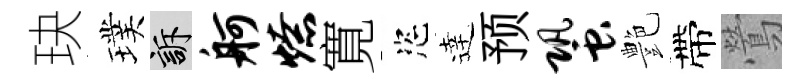
玦璞訴舸燎寛恣逹预蛩艶帶鶯